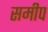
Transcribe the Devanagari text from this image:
समीप